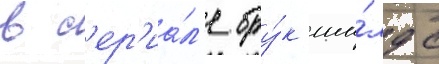
в с'ер'иа́л'е бру́к ши́лдс